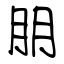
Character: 朋